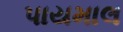
પાયમાલ